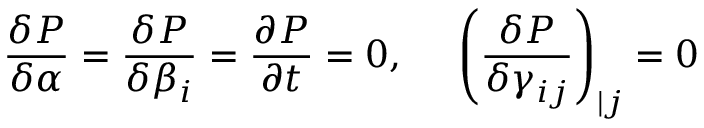
\frac { \delta P } { \delta \alpha } = \frac { \delta P } { \delta \beta _ { i } } = \frac { \partial P } { \partial t } = 0 , ~ ~ ~ ~ \left( \frac { \delta P } { \delta \gamma _ { i j } } \right) _ { | j } = 0